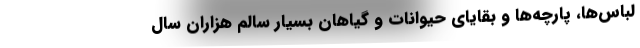
لباس‌ها،‌ پارچه‌ها و بقایای حیوانات و گیاهان بسیار سالم هزاران سال